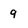
Character: 9